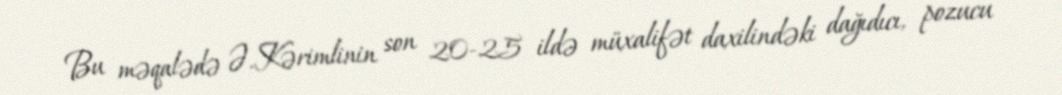
Bu məqalədə Ə.Kərimlinin son 20-25 ildə müxalifət daxilindəki dağıdıcı, pozucu